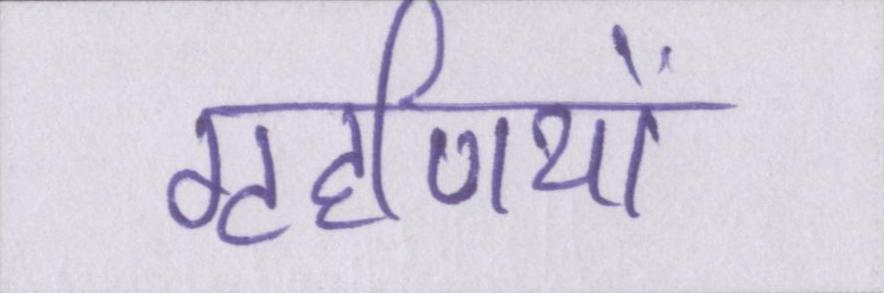
गृहणियों